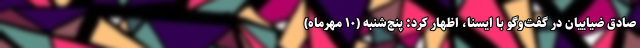
صادق ضیاییان در گفت‌وگو با ایسنا، اظهار کرد: پنج‌شنبه (۱۰ مهرماه)